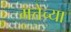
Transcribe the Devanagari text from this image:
मत्तेच्या